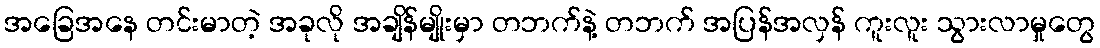
အခြေအနေ တင်းမာတဲ့ အခုလို အချိန်မျိုးမှာ တဘက်နဲ့ တဘက် အပြန်အလှန် ကူးလူး သွားလာမှုတွေ